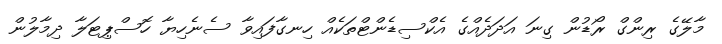
މާލޭގެ ރިންގް ރޯޑުން ގިނަ އަދަދެއްގެ އެކްސިޑެންޓްތަކެއް ހިނގާފައިވާ ސެނެހިޔާ ހޮސްޕިޓަލާ ދިމާލުން